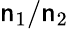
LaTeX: \mathsf{n}_{1}/\mathsf{n}_{2}